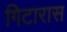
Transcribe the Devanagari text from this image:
गिटारास